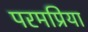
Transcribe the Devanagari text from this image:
परमप्रिया